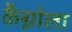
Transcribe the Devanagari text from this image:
कैग्नोला